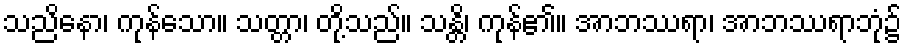
သညိနော၊ ကုန်သော။ သတ္တာ၊ တို့သည်။ သန္တိ၊ ကုန်၏။ အာဘဿရာ၊ အာဘဿရာဘုံ၌